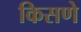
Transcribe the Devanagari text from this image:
किसणे